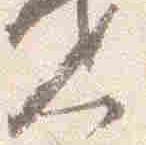
人